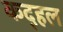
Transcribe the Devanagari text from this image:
कद्हल